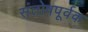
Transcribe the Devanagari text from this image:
संतोषपूर्वक